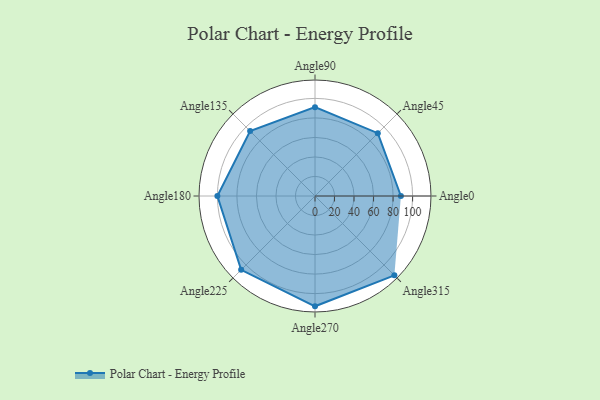
{"axis": {"x": "Angle", "y": "Radius"}, "legend": [""], "data": [{"x": "Angle0", "y": 88.0, "type": ""}, {"x": "Angle45", "y": 91.0, "type": ""}, {"x": "Angle90", "y": 91.0, "type": ""}, {"x": "Angle135", "y": 94.0, "type": ""}, {"x": "Angle180", "y": 100.0, "type": ""}, {"x": "Angle225", "y": 107.0, "type": ""}, {"x": "Angle270", "y": 113.0, "type": ""}, {"x": "Angle315", "y": 115.0, "type": ""}]}